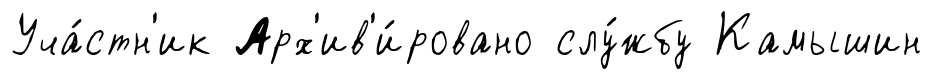
Уча́стн'ик Арх'ив'и́ровано слу́жбу Камышин